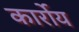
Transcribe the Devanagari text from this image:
कार्रोय